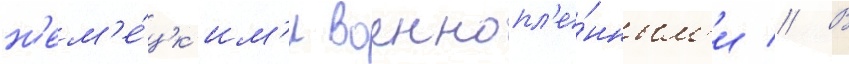
н'ем'е́цк'им'и военнопл'е́нным'и // В